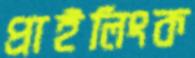
প্রাইলিংক